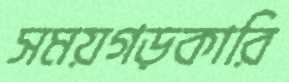
সময়গড়কারি